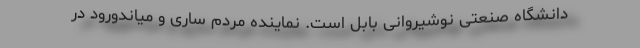
دانشگاه صنعتی نوشیروانی بابل است. نماینده مردم‌ ساری و میاندورود در